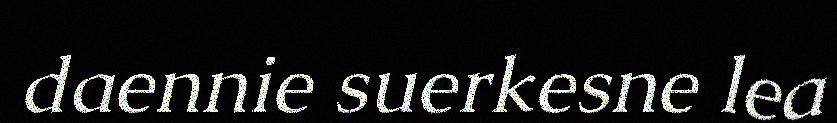
daennie suerkesne lea